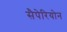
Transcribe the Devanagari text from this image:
सैपेरियोन